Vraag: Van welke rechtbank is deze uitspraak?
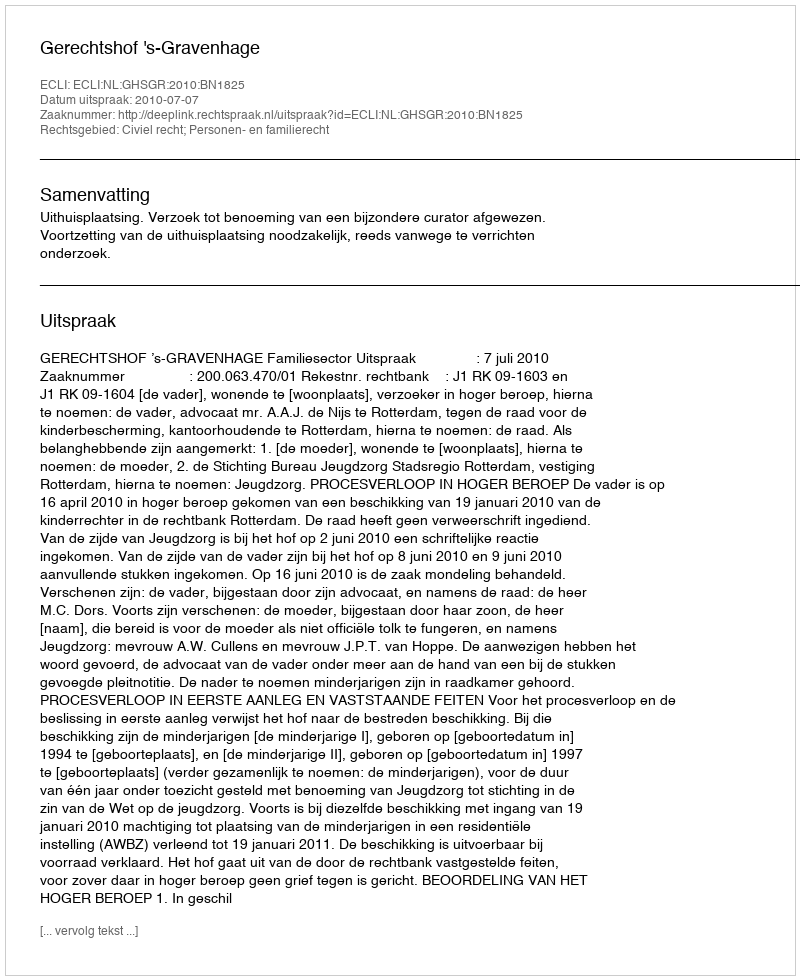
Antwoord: Gerechtshof 's-Gravenhage